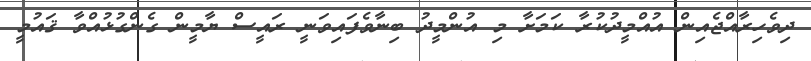
ދިވެހިރާއްޖެއިން އުއްމީދުކުރާ ކަމަށާ މި އުންމީދު ބިނާވެފައިވަނީ ރައީސް ޔާމީން ގެންގުޅުއްވާ ޤައުމީ